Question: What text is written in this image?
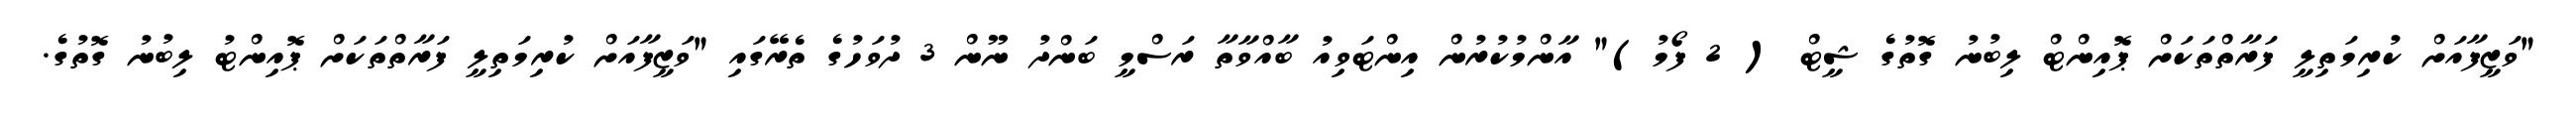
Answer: "ވަޒީފާއަށް ކުރިމަތިލީ ފަރާތްތަކަށް ޕޮއިންޓް ލިބުނު ގޮތުގެ ޝީޓް ( 2 ފޯމު)" އާންމުކުރުން އިންޓަވިއު ބާއްވާތާ ރަސްމީ ބަންދު ނޫން 3 ދުވަހުގެ ތެރޭގައި "ވަޒީފާއަށް ކުރިމަތިލީ ފަރާތްތަކަށް ޕޮއިންޓު ލިބުނު ގޮތުގެ.